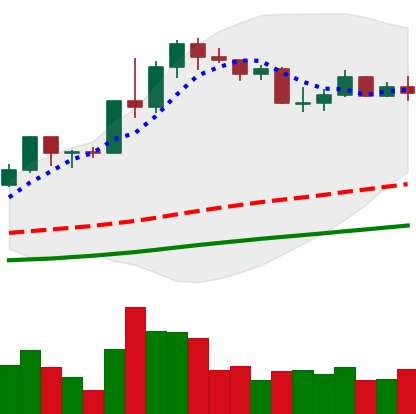
Ticker: LINK-USD
Chart end date: 2020-07-26
Forward return: 3.653%
Label: up_3_5